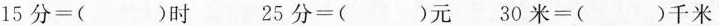
15分=( )时 25分=()元 30米=( )千米